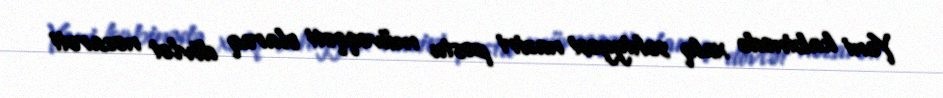
Yeni kabinədə xalq səhiyyəsi naziri postu müvəqqəti olaraq dövlət nəzarəti